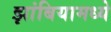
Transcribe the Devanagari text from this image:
झांबियामध्ये